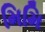
મિમિ